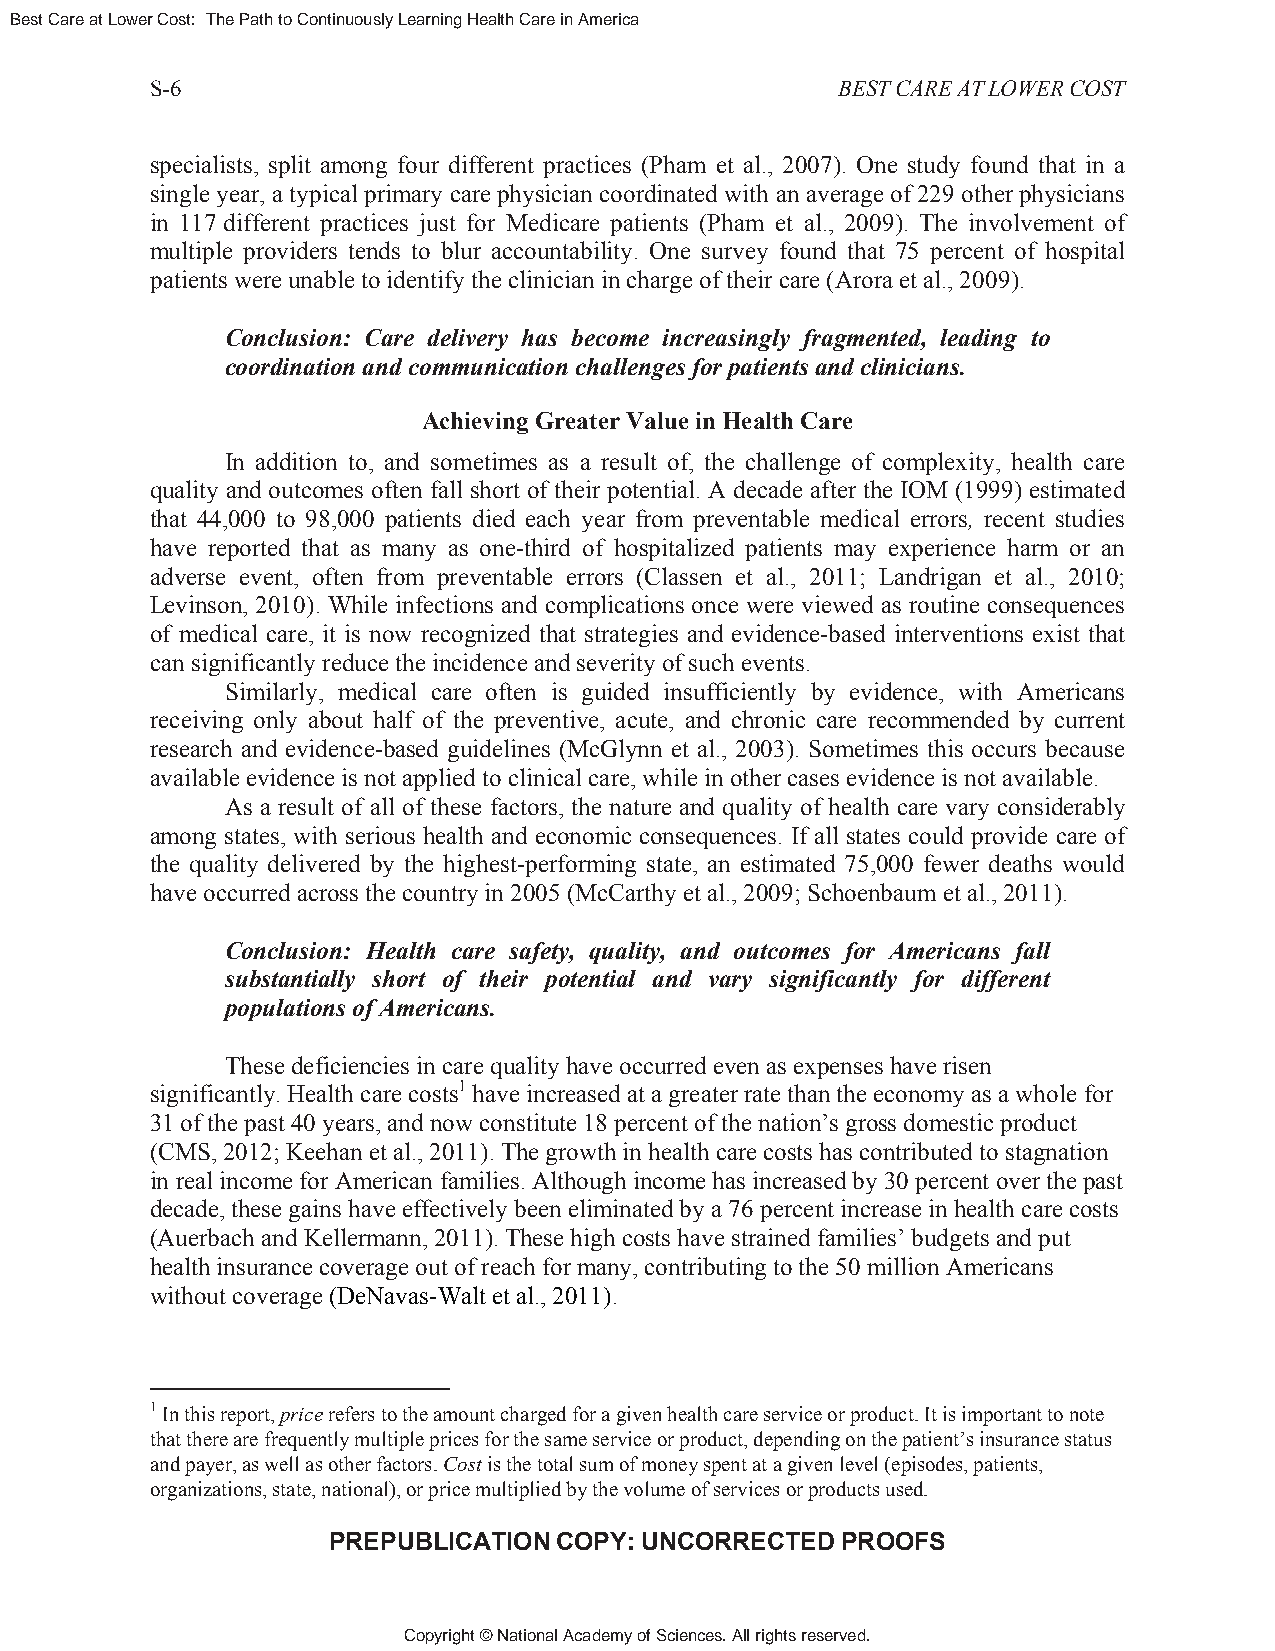
Best Care at Lower Cost: The Path to Continuously Learning Health Care in America
 S-6                                          BEST CARE AT LOWER COST
 specialists, split among four different practices (Pham et al., 2007). One study found that in a
 single year, a typical primary care physician coordinated with an average of 229 other physicians
 in 117 different practices just for Medicare patients (Pham et al., 2009). The involvement of
 multiple providers tends to blur accountability. One survey found that 75 percent of hospital
 patients were unable to identify the clinician in charge of their care (Arora et al., 2009).
 Conclusion: Care delivery has become increasingly fragmented, leading to
 coordination and communication challenges for patients and clinicians.
 Achieving Greater Value in Health Care
 In addition to, and sometimes as a result of, the challenge of complexity, health care
 quality and outcomes often fall short of their potential. A decade after the IOM (1999) estimated
 that 44,000 to 98,000 patients died each year from preventable medical errors, recent studies
 have reported that as many as one-third of hospitalized patients may experience harm or an
 adverse event, often from preventable errors (Classen et al., 2011; Landrigan et al., 2010;
 Levinson, 2010). While infections and complications once were viewed as routine consequences
 of medical care, it is now recognized that strategies and evidence-based interventions exist that
 can significantly reduce the incidence and severity of such events.
 Similarly, medical care often is guided insufficiently by evidence, with Americans
 receiving only about half of the preventive, acute, and chronic care recommended by current
 research and evidence-based guidelines (McGlynn et al., 2003). Sometimes this occurs because
 available evidence is not applied to clinical care, while in other cases evidence is not available.
 As a result of all of these factors, the nature and quality of health care vary considerably
 among states, with serious health and economic consequences. If all states could provide care of
 the quality delivered by the highest-performing state, an estimated 75,000 fewer deaths would
 have occurred across the country in 2005 (McCarthy et al., 2009; Schoenbaum et al., 2011).
 Conclusion: Health care safety, quality, and outcomes for Americans fall
 substantially short of their potential and vary significantly for different
 populations of Americans.
 These deficiencies in care quality have occurred even as expenses have risen
 significantly. Health care costs1 have increased at a greater rate than the economy as a whole for
 31 of the past 40 years, and now constitute 18 percent of the nation’s gross domestic product
 (CMS, 2012; Keehan et al., 2011). The growth in health care costs has contributed to stagnation
 in real income for American families. Although income has increased by 30 percent over the past
 decade, these gains have effectively been eliminated by a 76 percent increase in health care costs
 (Auerbach and Kellermann, 2011). These high costs have strained families’ budgets and put
 health insurance coverage out of reach for many, contributing to the 50 million Americans
 without coverage (DeNavas-Walt et al., 2011).
 1 In this report, price refers to the amount charged for a given health care service or product. It is important to note
 that there are frequently multiple prices for the same service or product, depending on the patient’s insurance status
 and payer, as well as other factors. Cost is the total sum of money spent at a given level (episodes, patients,
 organizations, state, national), or price multiplied by the volume of services or products used.
 PREPUBLICATION COPY: UNCORRECTED  PROOFS
 Copyright © National Academy of Sciences. All rights reserved.